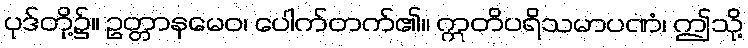
ပုဒ်တို့၌။ ဥတ္တာနမေဝ၊ ပေါက်တက်၏။ ဣတိပရိသမာပဏံ၊ ဤသို့